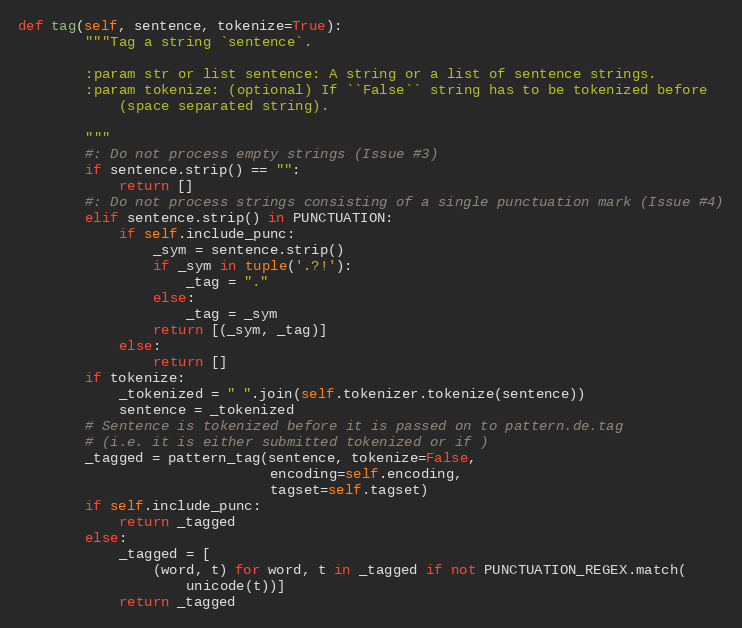
Language: Python
def tag(self, sentence, tokenize=True):
        """Tag a string `sentence`.

        :param str or list sentence: A string or a list of sentence strings.
        :param tokenize: (optional) If ``False`` string has to be tokenized before
            (space separated string).

        """
        #: Do not process empty strings (Issue #3)
        if sentence.strip() == "":
            return []
        #: Do not process strings consisting of a single punctuation mark (Issue #4)
        elif sentence.strip() in PUNCTUATION:
            if self.include_punc:
                _sym = sentence.strip()
                if _sym in tuple('.?!'):
                    _tag = "."
                else:
                    _tag = _sym
                return [(_sym, _tag)]
            else:
                return []
        if tokenize:
            _tokenized = " ".join(self.tokenizer.tokenize(sentence))
            sentence = _tokenized
        # Sentence is tokenized before it is passed on to pattern.de.tag
        # (i.e. it is either submitted tokenized or if )
        _tagged = pattern_tag(sentence, tokenize=False,
                              encoding=self.encoding,
                              tagset=self.tagset)
        if self.include_punc:
            return _tagged
        else:
            _tagged = [
                (word, t) for word, t in _tagged if not PUNCTUATION_REGEX.match(
                    unicode(t))]
            return _tagged